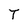
Character: T